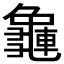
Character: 𪚿